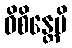
ဝိစိန္တေမိ